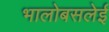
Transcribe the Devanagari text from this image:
भालोबसलेई